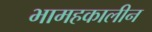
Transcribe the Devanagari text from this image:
भामहकालीन